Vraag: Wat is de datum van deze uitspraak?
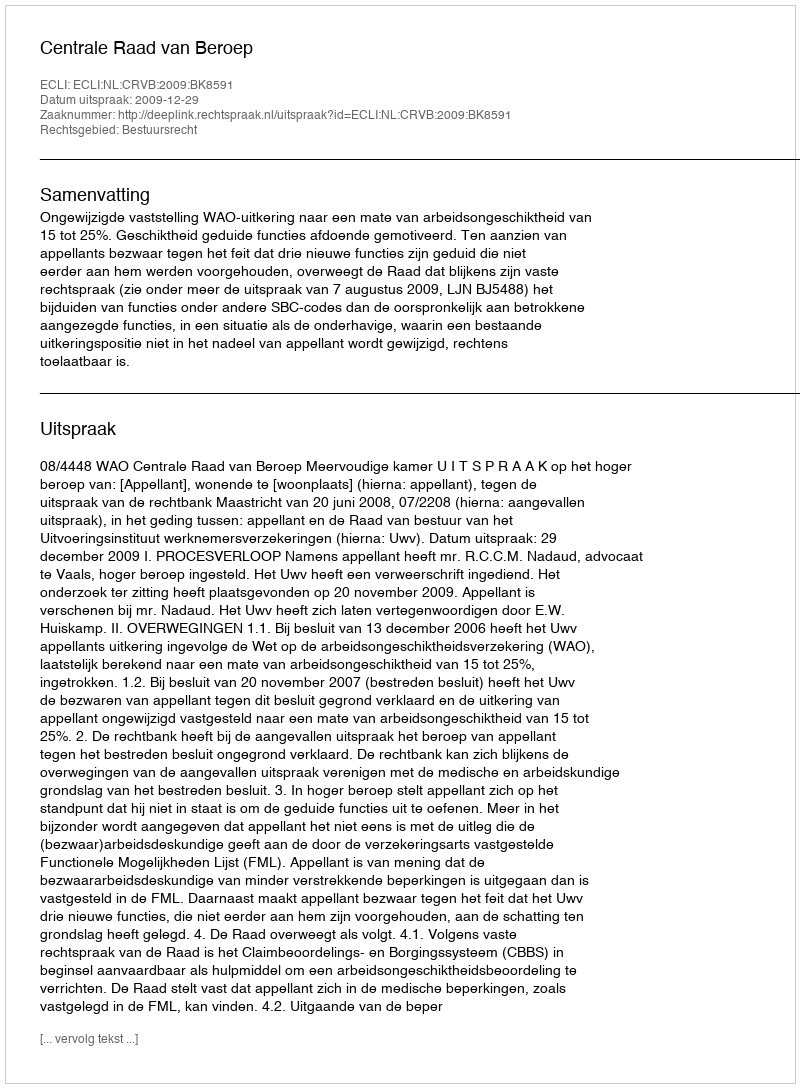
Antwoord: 2009-12-29